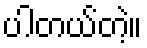
ပါတယ်တဲ့။